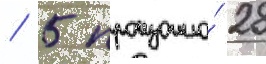
/ 5 произошло́ 28